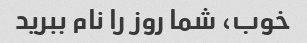
خوب، شما روز را نام ببرید